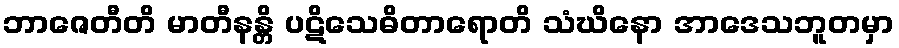
ဘာဇေတီတိ မာတီနန္တိ ပဋိသေဓိတာရောတိ သံဃိနော အာဒေသဘူတမှာ